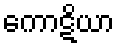
ကောဋိယာ